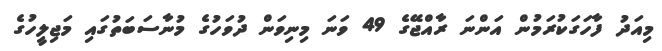
މިއަދު ފާހަގަކުރަމުން އަންނަ ރާއްޖޭގެ 49 ވަނަ މިނިވަން ދުވަހުގެ މުނާސަބަތުގައި މަޖިލީހުގެ